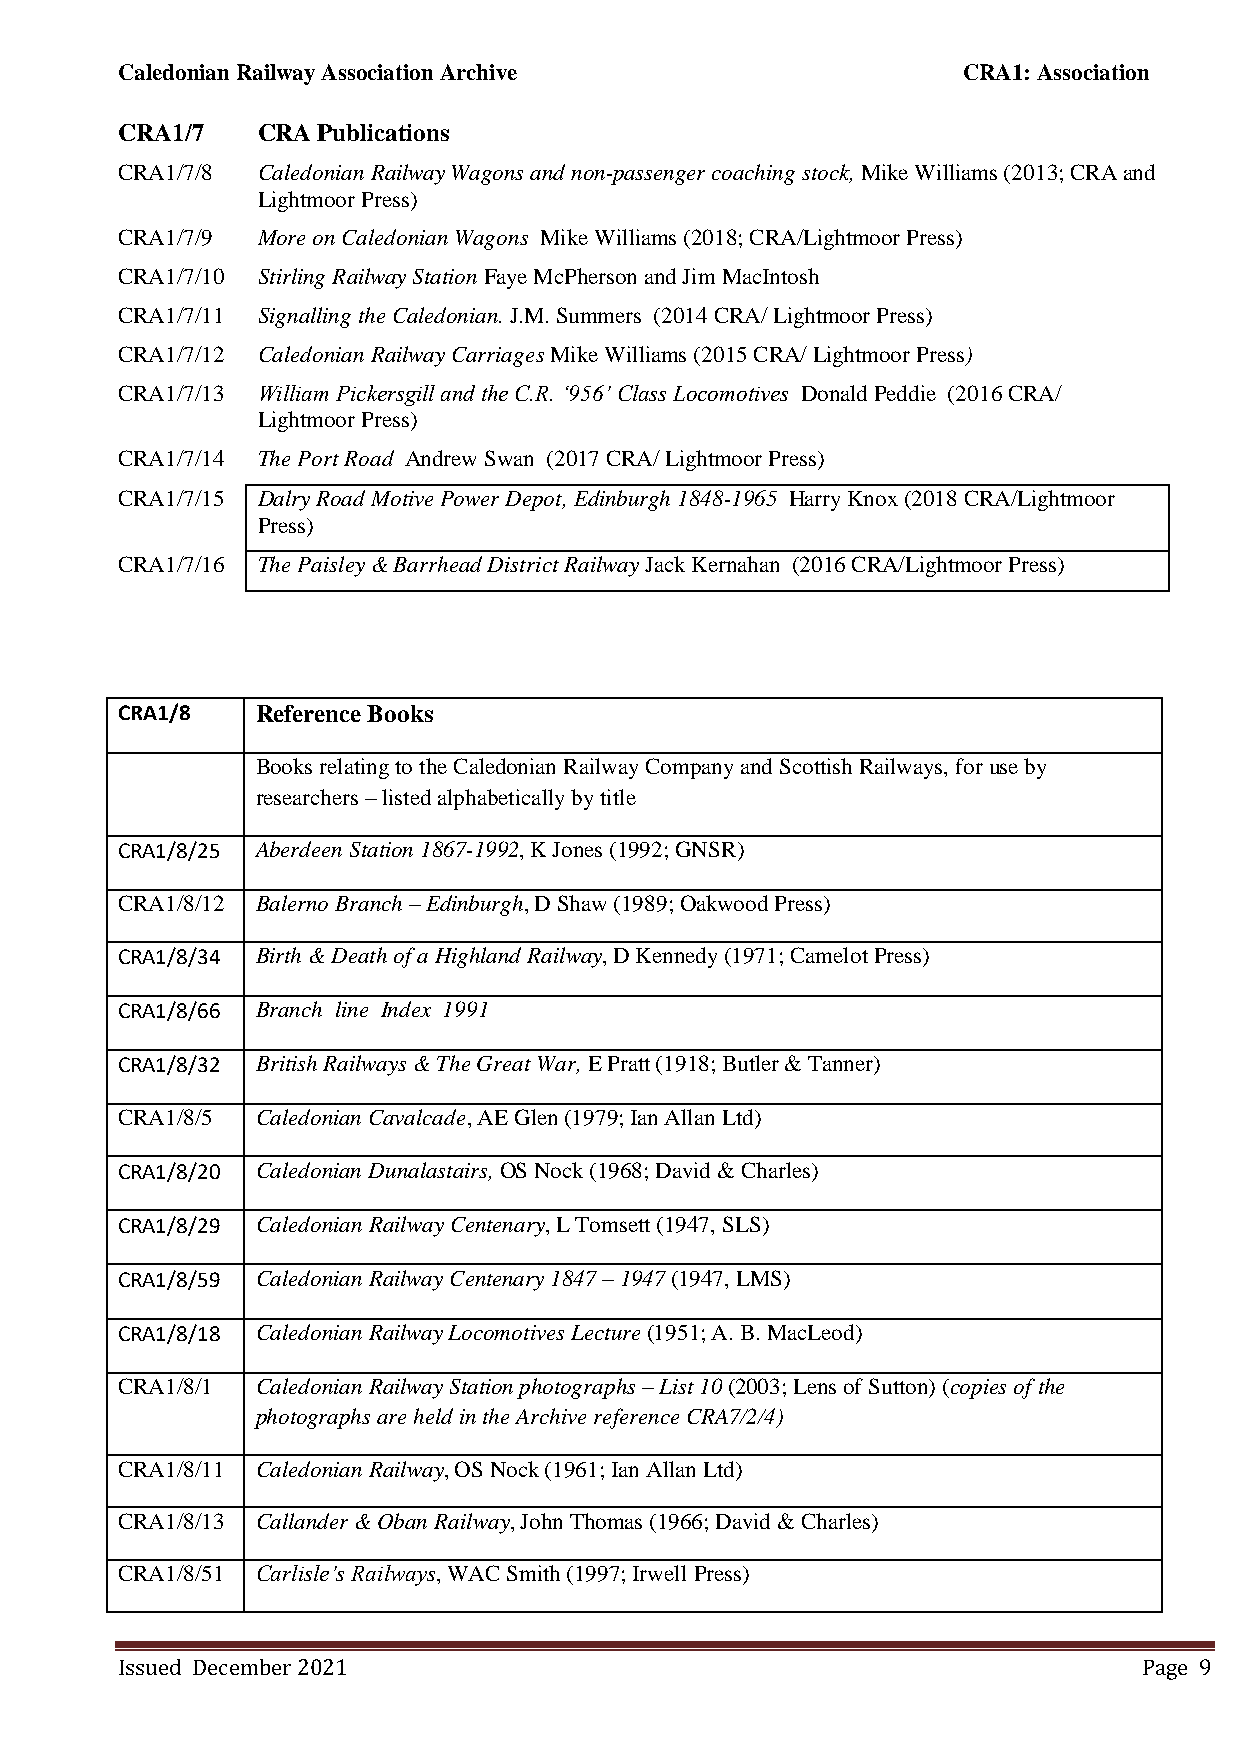
Caledonian Railway Association Archive                  CRA1: Association
 CRA1/7   CRA Publications
 CRA1/7/8 Caledonian Railway Wagons and non-passenger coaching stock, Mike Williams (2013; CRA and
 Lightmoor Press)
 CRA1/7/9 More on Caledonian Wagons Mike Williams (2018; CRA/Lightmoor Press)
 CRA1/7/10 Stirling Railway Station Faye McPherson and Jim MacIntosh
 CRA1/7/11 Signalling the Caledonian. J.M. Summers (2014 CRA/ Lightmoor Press)
 CRA1/7/12 Caledonian Railway Carriages Mike Williams (2015 CRA/ Lightmoor Press)
 CRA1/7/13 William Pickersgill and the C.R. ‘956’ Class Locomotives Donald Peddie (2016 CRA/
 Lightmoor Press)
 CRA1/7/14 The Port Road Andrew Swan (2017 CRA/ Lightmoor Press)
 CRA1/7/15 Dalry Road Motive Power Depot, Edinburgh 1848-1965 Harry Knox (2018 CRA/Lightmoor
 Press)
 CRA1/7/16 The Paisley & Barrhead District Railway Jack Kernahan (2016 CRA/Lightmoor Press)
 CRA1/8   Reference Books
 Books relating to the Caledonian Railway Company and Scottish Railways, for use by
 researchers – listed alphabetically by title
 CRA1/8/25 Aberdeen Station 1867-1992, K Jones (1992; GNSR)
 CRA1/8/12 Balerno Branch – Edinburgh, D Shaw (1989; Oakwood Press)
 CRA1/8/34 Birth & Death of a Highland Railway, D Kennedy (1971; Camelot Press)
 CRA1/8/66 Branch line Index 1991
 CRA1/8/32 British Railways & The Great War, E Pratt (1918; Butler & Tanner)
 CRA1/8/5 Caledonian Cavalcade, AE Glen (1979; Ian Allan Ltd)
 CRA1/8/20 Caledonian Dunalastairs, OS Nock (1968; David & Charles)
 CRA1/8/29 Caledonian Railway Centenary, L Tomsett (1947, SLS)
 CRA1/8/59 Caledonian Railway Centenary 1847 – 1947 (1947, LMS)
 CRA1/8/18 Caledonian Railway Locomotives Lecture (1951; A. B. MacLeod)
 CRA1/8/1 Caledonian Railway Station photographs – List 10 (2003; Lens of Sutton) (copies of the
 photographs are held in the Archive reference CRA7/2/4)
 CRA1/8/11 Caledonian Railway, OS Nock (1961; Ian Allan Ltd)
 CRA1/8/13 Callander & Oban Railway, John Thomas (1966; David & Charles)
 CRA1/8/51 Carlisle’s Railways, WAC Smith (1997; Irwell Press)
 Issued December 2021                                                Page 9